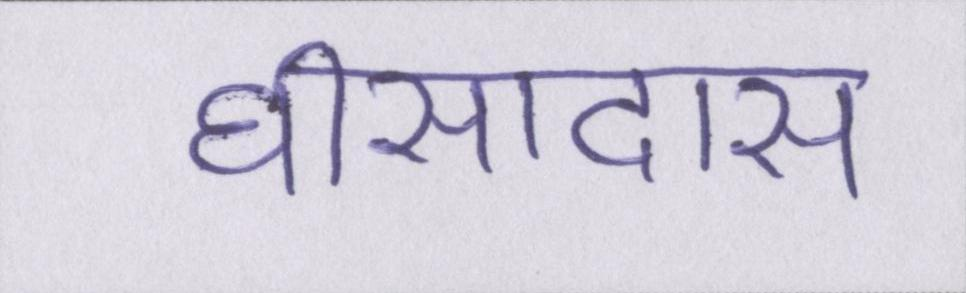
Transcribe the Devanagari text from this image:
घीसादास